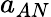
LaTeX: a_{AN}